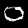
Digit: 0